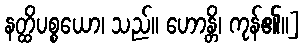
နတ္ထိပစ္စယော၊ သည်။ ဟောန္တိ၊ ကုန်၏။]